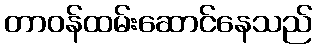
တာဝန်ထမ်းဆောင်နေသည်